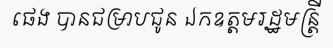
ផេង បានជម្រាបជូន ឯកឧត្តមរដ្ឋមន្ត្រី